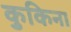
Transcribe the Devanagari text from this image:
कुकिना